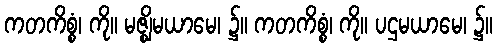
ကတကိစ္စံ၊ ကို။ မဇ္ဈိမယာမေ၊ ၌။ ကတကိစ္စံ၊ ကို။ ပဌမယာမေ၊ ၌။